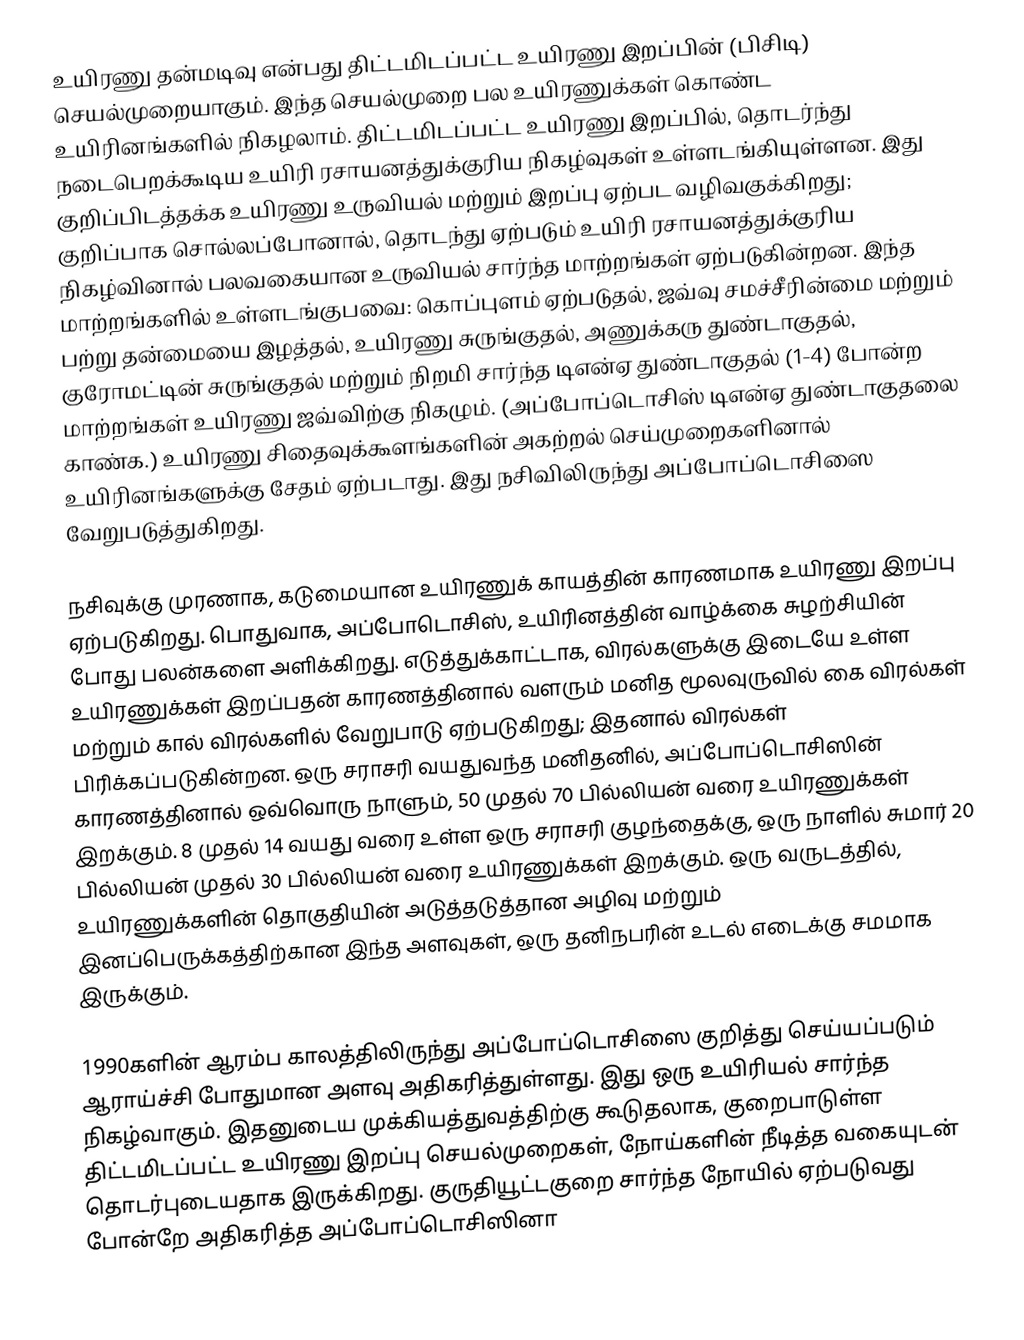
உயிரணு தன்மடிவு என்பது திட்டமிடப்பட்ட உயிரணு இறப்பின் (பிசிடி) செயல்முறையாகும். இந்த செயல்முறை பல உயிரணுக்கள் கொண்ட உயிரினங்களில் நிகழலாம். திட்டமிடப்பட்ட உயிரணு இறப்பில், தொடர்ந்து நடைபெறக்கூடிய உயிரி ரசாயனத்துக்குரிய நிகழ்வுகள் உள்ளடங்கியுள்ளன. இது குறிப்பிடத்தக்க உயிரணு உருவியல் மற்றும் இறப்பு ஏற்பட வழிவகுக்கிறது; குறிப்பாக சொல்லப்போனால், தொடந்து ஏற்படும் உயிரி ரசாயனத்துக்குரிய நிகழ்வினால் பலவகையான உருவியல் சார்ந்த மாற்றங்கள் ஏற்படுகின்றன. இந்த மாற்றங்களில் உள்ளடங்குபவை: கொப்புளம் ஏற்படுதல், ஜவ்வு சமச்சீரின்மை மற்றும் பற்று தன்மையை இழத்தல், உயிரணு சுருங்குதல், அணுக்கரு துண்டாகுதல், குரோமட்டின் சுருங்குதல் மற்றும் நிறமி சார்ந்த டிஎன்ஏ துண்டாகுதல் (1-4) போன்ற மாற்றங்கள் உயிரணு ஜவ்விற்கு நிகழும். (அப்போப்டொசிஸ் டிஎன்ஏ துண்டாகுதலை காண்க.) உயிரணு சிதைவுக்கூளங்களின் அகற்றல் செய்முறைகளினால் உயிரினங்களுக்கு சேதம் ஏற்படாது. இது நசிவிலிருந்து அப்போப்டொசிஸை வேறுபடுத்துகிறது.

நசிவுக்கு முரணாக, கடுமையான உயிரணுக் காயத்தின் காரணமாக உயிரணு இறப்பு ஏற்படுகிறது. பொதுவாக, அப்போடொசிஸ், உயிரினத்தின் வாழ்க்கை சுழற்சியின் போது பலன்களை அளிக்கிறது. எடுத்துக்காட்டாக, விரல்களுக்கு இடையே உள்ள உயிரணுக்கள் இறப்பதன் காரணத்தினால் வளரும் மனித மூலவுருவில் கை விரல்கள் மற்றும் கால் விரல்களில் வேறுபாடு ஏற்படுகிறது; இதனால் விரல்கள் பிரிக்கப்படுகின்றன. ஒரு சராசரி வயதுவந்த மனிதனில், அப்போப்டொசிஸின் காரணத்தினால் ஒவ்வொரு நாளும், 50 முதல் 70 பில்லியன் வரை உயிரணுக்கள் இறக்கும். 8 முதல் 14 வயது வரை உள்ள ஒரு சராசரி குழந்தைக்கு, ஒரு நாளில் சுமார் 20 பில்லியன் முதல் 30 பில்லியன் வரை உயிரணுக்கள் இறக்கும். ஒரு வருடத்தில், உயிரணுக்களின் தொகுதியின் அடுத்தடுத்தான அழிவு மற்றும் இனப்பெருக்கத்திற்கான இந்த அளவுகள், ஒரு தனிநபரின் உடல் எடைக்கு சமமாக இருக்கும்.

1990களின் ஆரம்ப காலத்திலிருந்து அப்போப்டொசிஸை குறித்து செய்யப்படும் ஆராய்ச்சி போதுமான அளவு அதிகரித்துள்ளது. இது ஒரு உயிரியல் சார்ந்த நிகழ்வாகும். இதனுடைய முக்கியத்துவத்திற்கு கூடுதலாக, குறைபாடுள்ள திட்டமிடப்பட்ட உயிரணு இறப்பு செயல்முறைகள், நோய்களின் நீடித்த வகையுடன் தொடர்புடையதாக இருக்கிறது. குருதியூட்டகுறை சார்ந்த நோயில் ஏற்படுவது போன்றே அதிகரித்த அப்போப்டொசிஸினா